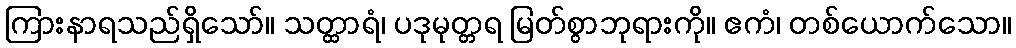
ကြားနာရသည်ရှိသော်။ သတ္ထာရံ၊ ပဒုမုတ္တရ မြတ်စွာဘုရားကို။ ဧကံ၊ တစ်ယောက်သော။